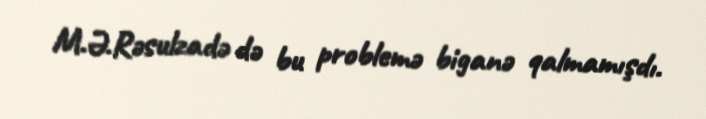
M.Ə.Rəsulzadə də bu problemə biganə qalmamışdı.